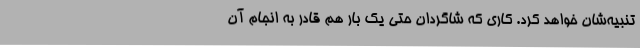
تنبیه‌شان خواهد کرد. کاری که شاگردان حتی یک بار هم قادر به انجام آن